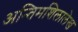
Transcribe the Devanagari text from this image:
अन्तिमशिलालेख